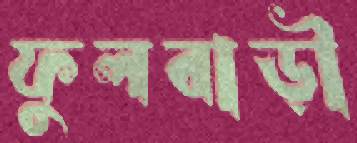
ফুলবাড়ী